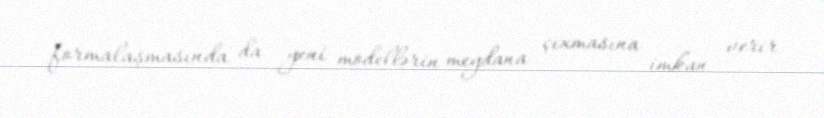
formalaşmasında da yeni modellərin meydana çıxmasına imkan verir.